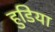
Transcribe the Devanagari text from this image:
हुडिया